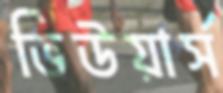
ভিউয়ার্স